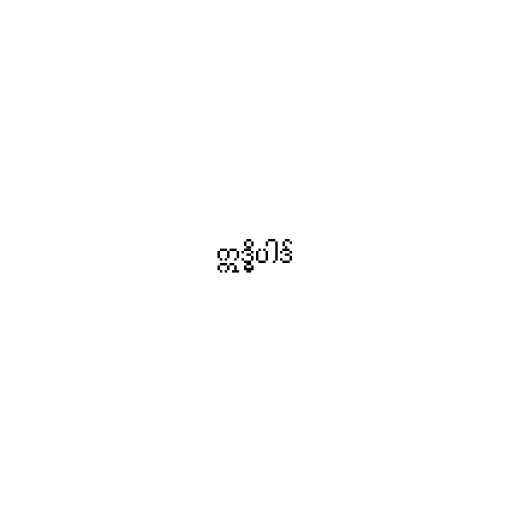
ဣဒ္ဓိပါဒ်